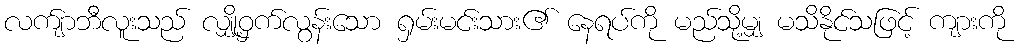
လက်ျာဘီလူးသည် လျှို့ဝှက်လွန်းသော ရှမ်းမင်းသား၏ နေရပ်ကို မည်သို့မျှ မသိနိုင်သဖြင့် ကျားကို